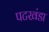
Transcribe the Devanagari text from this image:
पटखंडा